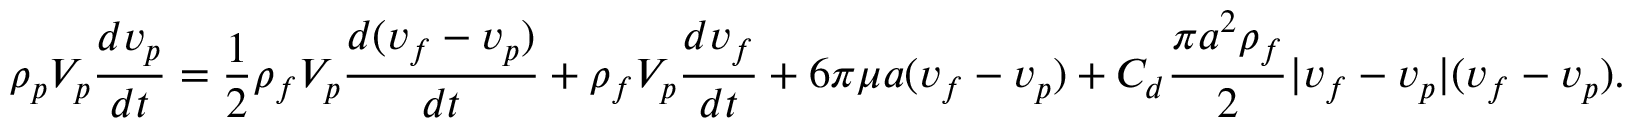
\rho _ { p } V _ { p } \frac { d \boldsymbol { v _ { p } } } { d t } = \frac { 1 } { 2 } \rho _ { f } V _ { p } \frac { d ( \boldsymbol { v _ { f } } - \boldsymbol { v _ { p } } ) } { d t } + \rho _ { f } V _ { p } \frac { d \boldsymbol { v _ { f } } } { d t } + 6 \pi \mu a ( \boldsymbol { v _ { f } } - \boldsymbol { v _ { p } } ) + C _ { d } \frac { \pi a ^ { 2 } \rho _ { f } } { 2 } | \boldsymbol { v _ { f } } - \boldsymbol { v _ { p } } | ( \boldsymbol { v _ { f } } - \boldsymbol { v _ { p } } ) .